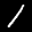
Label: 1